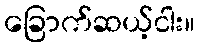
ခြောက်ဆယ့်ငါး။